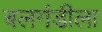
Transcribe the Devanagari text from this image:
बलगंडीला